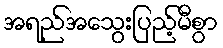
အရည်အသွေးပြည့်မီစွာ